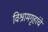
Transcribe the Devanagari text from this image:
विश्रामगृहांचे